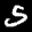
Label: 5